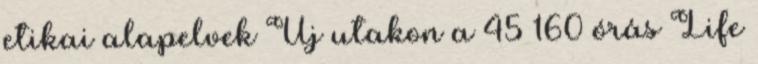
etikai alapelvek Új utakon a 45 160 órás Life